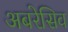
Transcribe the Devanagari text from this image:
अबरेसिव